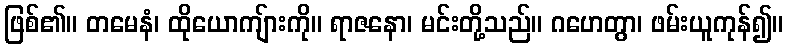
ဖြစ်၏။ တမေနံ၊ ထိုယောကျ်ားကို။ ရာဇနော၊ မင်းတို့သည်။ ဂဟေတွာ၊ ဖမ်းယူကုန်၍။